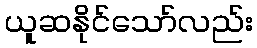
ယူဆနိုင်သော်လည်း